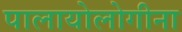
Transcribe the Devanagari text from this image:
पालायोलोगीना